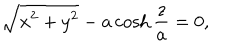
\sqrt { x ^ { 2 } + y ^ { 2 } } - a \cosh \frac { z } { a } = 0 ,